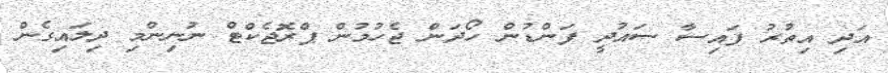
އަދި އިތުރު ފައިސާ ސައުދީ ފަންޑުން ހޯދަން ޖެހުމުން ޕްރޮޖެކްޓް ނުނިންމި ދިލައިގެން